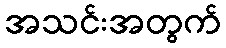
အသင်းအတွက်